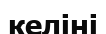
келіні